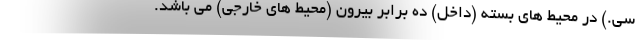
سی.) در محیط های بسته (داخل) ده برابر بیرون (محیط های خارجی) می باشد.